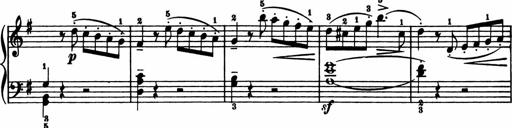
Title: 11 Sonatinas for Piano Solo
Composer: Anton Diabelli